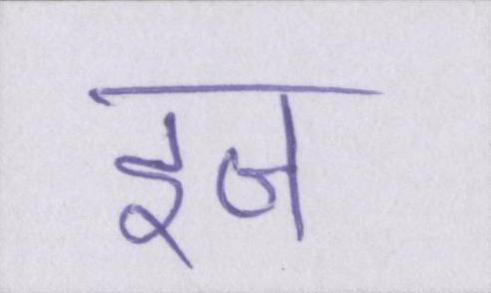
इज